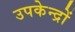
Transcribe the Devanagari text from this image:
उपकेन्द्रों